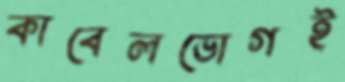
কাবেলভোগই